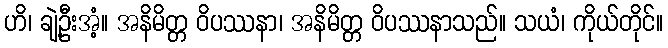
ဟိ၊ ချဲ့ဦးအံ့။ အနိမိတ္တ ဝိပဿနာ၊ အနိမိတ္တ ဝိပဿနာသည်။ သယံ၊ ကိုယ်တိုင်။